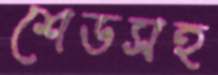
শেডসহ